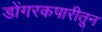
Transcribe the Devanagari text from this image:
डोंगरकपारीतून